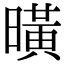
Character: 曂